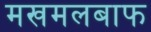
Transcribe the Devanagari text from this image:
मखमलबाफ